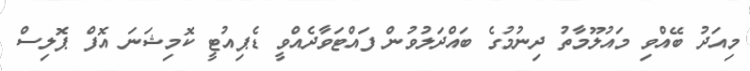
މިއަދު ބޭއްވި މައުލޫމާތު ދިނުމުގެ ބައްދަލުވުން ފައްޓަވާދެއްވީ ޑެޕިއުޓީ ކޮމިޝަނަ އޮފް ޕޮލިސް